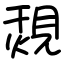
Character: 覝